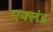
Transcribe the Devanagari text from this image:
एक्लंड